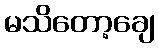
မသိတော့ချေ